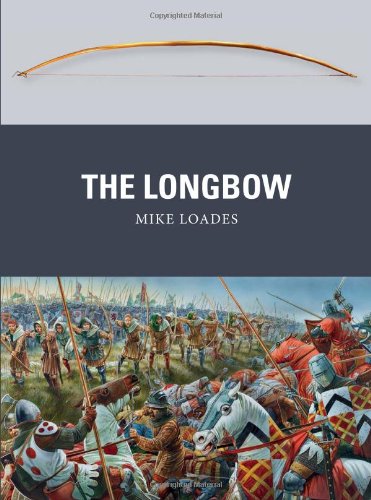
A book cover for The Longbow (Weapon); Mike Loades; Sports & Outdoors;